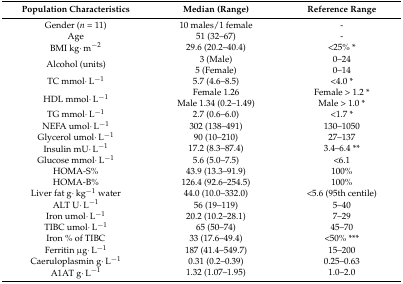
| Population Characteristics | Median (Range) | Reference Range |
 | --- | --- | --- |
 | Gender (n = 11) | 10 males/1 female | - |
 | Age | 51 (32–67) | - |
 | BMI kg·m−2 | 29.6 (20.2–40.4) | <25% * |
 | <ROWSPAN=2> Alcohol (units) | 3 (Male) | 0–24 |
 | 5 (Female) | 0–14 |
 | TC mmol·L−1 | 5.7 (4.6–8.5) | <4.0 * |
 | <ROWSPAN=2> HDL mmol·L−1 | Female 1.26 | Female > 1.2 * |
 | Male 1.34 (0.2–1.49) | Male > 1.0 * |
 | TG mmol·L−1 | 2.7 (0.6–6.0) | <1.7 * |
 | NEFA umol·L−1 | 302 (138–491) | 130–1050 |
 | Glycerol umol·L−1 | 90 (10–210) | 27–137 |
 | Insulin mU·L−1 | 17.2 (8.3–87.4) | 3.4–6.4 ** |
 | Glucose mmol·L−1 | 5.6 (5.0–7.5) | <6.1 |
 | HOMA-S% | 43.9 (13.3–91.9) | 100% |
 | HOMA-B% | 126.4 (92.6–254.5) | 100% |
 | Liver fat g·kg−1 water | 44.0 (10.0–332.0) | <5.6 (95th centile) |
 | ALT U·L−1 | 56 (19–119) | 5–40 |
 | Iron umol·L−1 | 20.2 (10.2–28.1) | 7–29 |
 | TIBC umol·L−1 | 65 (50–74) | 45–70 |
 | Iron % of TIBC | 33 (17.6–49.4) | <50% *** |
 | Ferritin μg·L−1 | 187 (41.4–549.7) | 15–200 |
 | Caeruloplasmin g·L−1 | 0.31 (0.2–0.39) | 0.25–0.63 |
 | A1AT g·L−1 | 1.32 (1.07–1.95) | 1.0–2.0 |